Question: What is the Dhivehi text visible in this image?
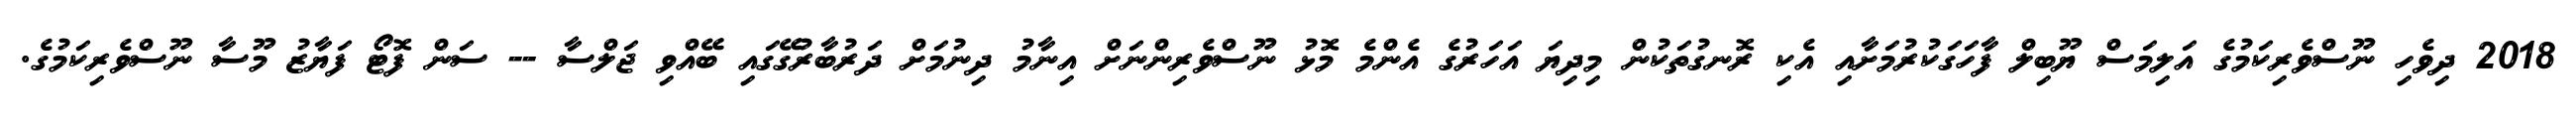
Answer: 2018 ދިވެހި ނޫސްވެރިކަމުގެ އަލިމަސް ޔޫބިލް ފާހަގަކުރުމަށާއި އެކި ރޮނގުތަކުން މިދިޔަ އަހަރުގެ އެންމެ މޮޅު ނޫސްވެރިންނަށް އިނާމު ދިނުމަށް ދަރުބާރުގޭގައި ބޭއްވި ޖަލްސާ -- ސަން ފޮޓޯ ފަޔާޒު މޫސާ ނޫސްވެރިކަމުގެ.